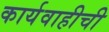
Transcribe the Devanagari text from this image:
कार्यवाहीची